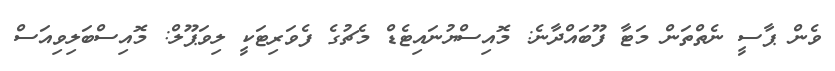
ވެން ޕާސީ ނެތްތަން މަޓާ ފޫބައްދާނެ: މޮއިސްޔުނައިޓެޑް މެޗުގެ ފެވަރިޓަކީ ލިވަޕޫލް: މޮއިސްބަލިވިއަސް